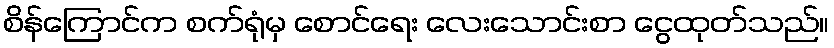
စိန်ကြောင်က စက်ရုံမှ စောင်ရေး လေးသောင်းစာ ငွေထုတ်သည်။